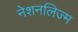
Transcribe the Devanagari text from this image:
नेशनलिज्म